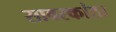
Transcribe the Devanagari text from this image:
सावरकांठा